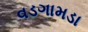
વડગામડા